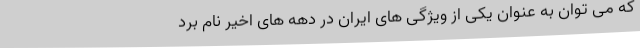
که می توان به عنوان یکی از ویژگی های ایران در دهه های اخیر نام برد